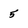
Character: 5